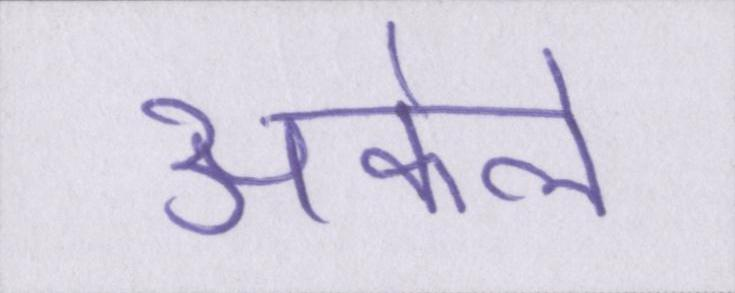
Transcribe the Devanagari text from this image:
अकेले